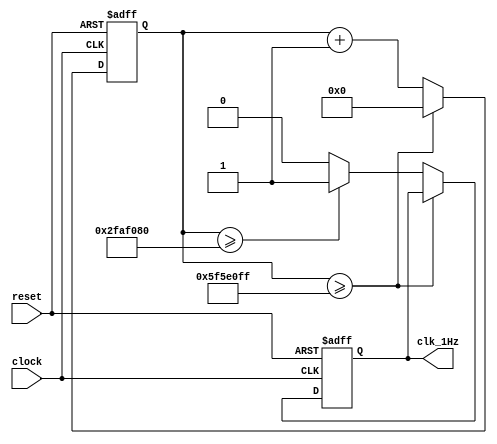
module Freq_gen(
    input clock,
    input reset,
    output clk_1Hz
    );
    reg [26:0] counter = 27'd0;
    reg mhz = 1'b0;
    always@(posedge clock, negedge reset)
    if(reset == 0)
        begin
            mhz <= 1'b0;
            counter <= 27'd0;
        end
    else
        begin
            counter <= counter + 1'b1;
            if(counter >= 27'd99999999)
	           counter <= 27'd0;
            else if(counter >= 27'd50000000)
                mhz <= 1'b1;
            else
                mhz <= 1'b0;
        end 
    assign clk_1Hz =  mhz;
endmodule